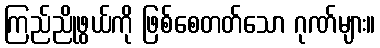
ကြည်ညိုဖွယ်ကို ဖြစ်စေတတ်သော ဂုဏ်များ။